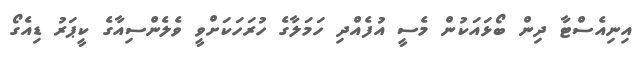
އިނިއެސްޓާ ދިން ބޯޅައަކުން މެސީ އުފެއްދި ހަމަލާގެ ހުރަހަކަށްވީ ވެލެންސިއާގެ ކީޕަރު ޑިއެގޯ